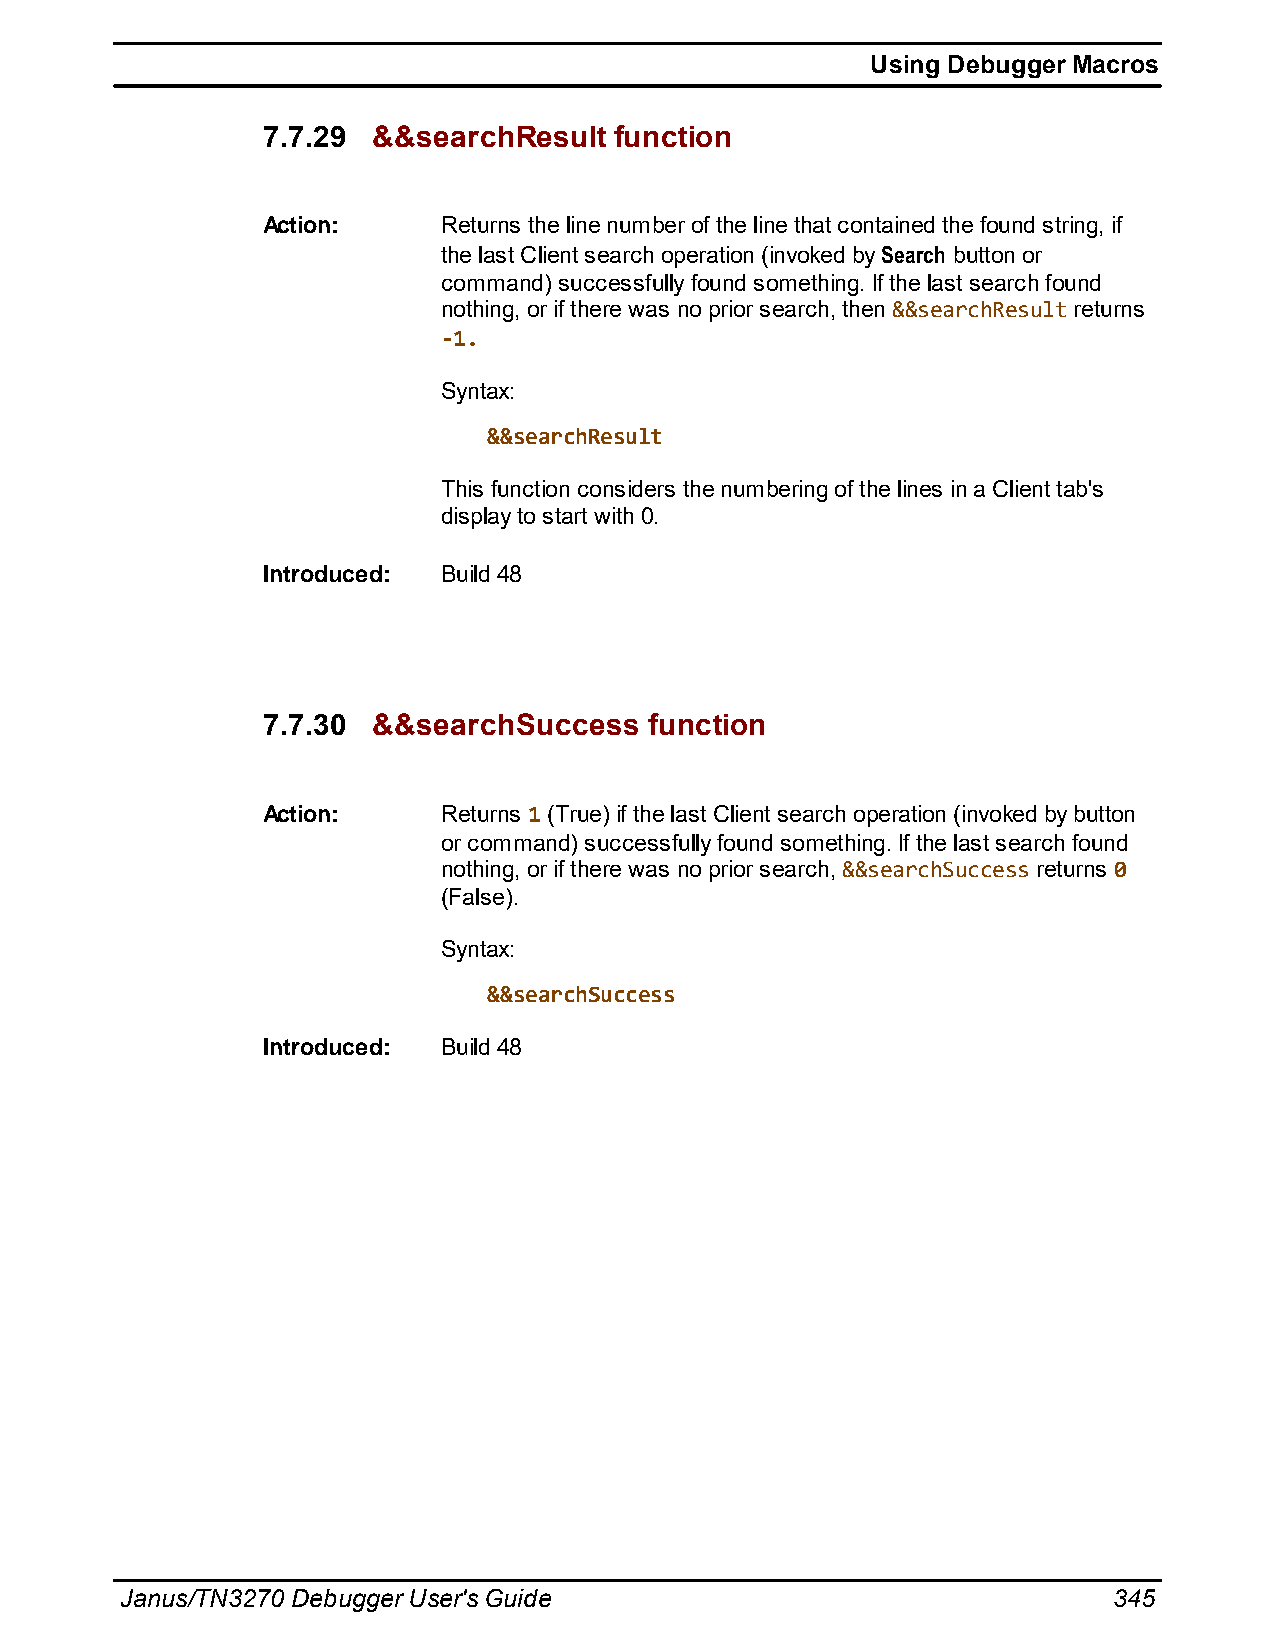
Using Debugger Macros
 7.7.29  &&searchResult  function
 Action:     Returns the line number of the line that contained the found string, if
 the last Client search operation (invoked by Search button or
 command) successfully found something. If the last search found
 nothing, or if there was no prior search, then &&searchResult returns
 -1.
 Syntax:
 &&searchResult
 This function considers the numbering of the lines in a Client tab's
 display to start with 0.
 Introduced: Build 48
 7.7.30  &&searchSuccess   function
 Action:     Returns 1 (True) if the last Client search operation (invoked by button
 or command) successfully found something. If the last search found
 nothing, or if there was no prior search, &&searchSuccess returns 0
 (False).
 Syntax:
 &&searchSuccess
 Introduced: Build 48
 Janus/TN3270 Debugger User's Guide                                345